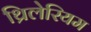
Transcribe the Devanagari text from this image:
थ्रिलेरियम